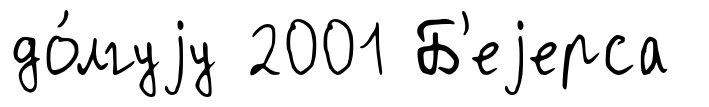
до́лгуjу 2001 Б'еjерса